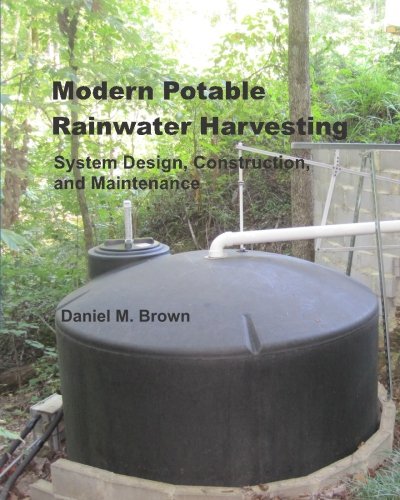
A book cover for Modern Potable Rainwater Harvesting: System Design, Construction, and Maintenance; Daniel M Brown; Science & Math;